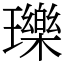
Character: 瓅